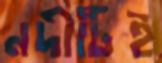
নদীটিই